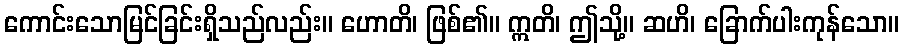
ကောင်းသောမြင်ခြင်းရှိသည်လည်း။ ဟောတိ၊ ဖြစ်၏။ ဣတိ၊ ဤသို့။ ဆဟိ၊ ခြောက်ပါးကုန်သော။